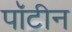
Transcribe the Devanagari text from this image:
पॉटीन